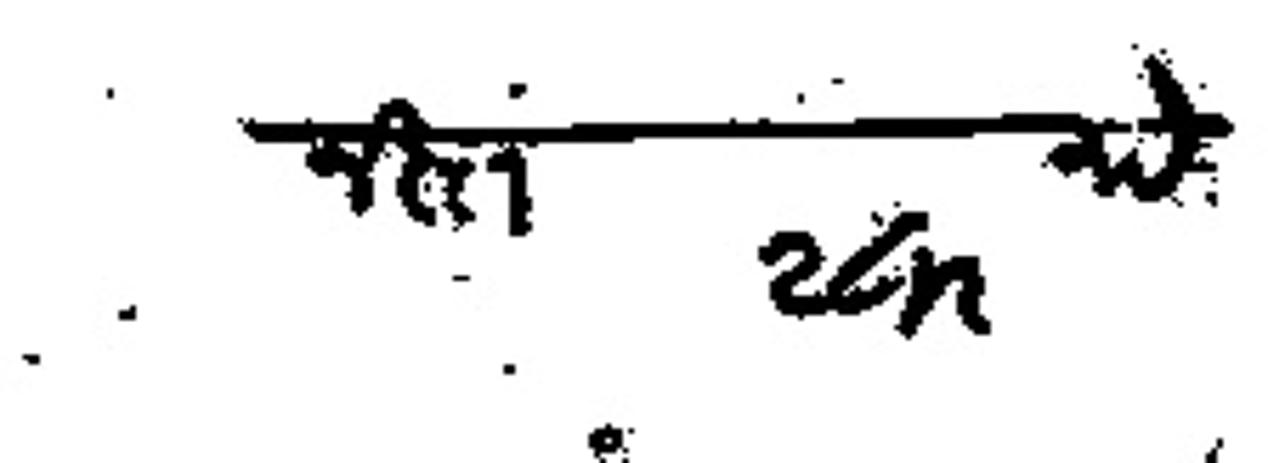
Transliteration (Devanagari): नख्त २८॥ रुये